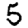
Digit: 5